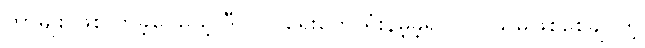
တာမျိုး ဖြစ်လာခဲ့ပေမယ့် ဒီပြုပြင်ရေးတွေ ရှုံးနိမ့်ခဲ့ရသလို သူမဖြစ်စေချင်တဲ့